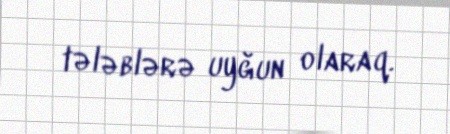
tələblərə uyğun olaraq.